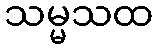
သမ္မသထ